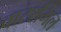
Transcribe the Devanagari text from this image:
वाटरमिल